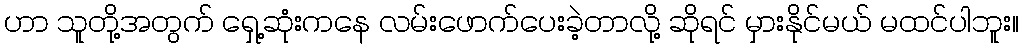
ဟာ သူတို့အတွက် ရှေ့ဆုံးကနေ လမ်းဖောက်ပေးခဲ့တာလို့ ဆိုရင် မှားနိုင်မယ် မထင်ပါဘူး။